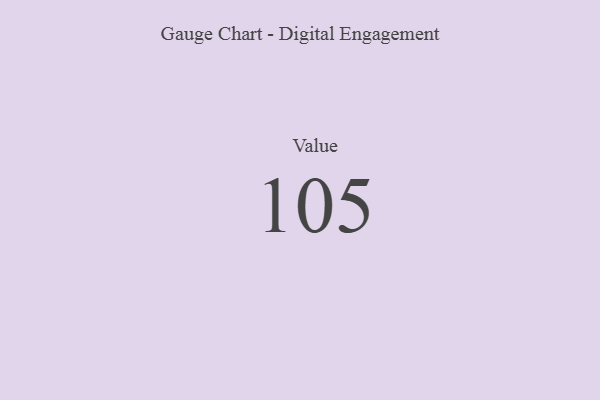
{"axis": {"x": "Metric", "y": "Value"}, "legend": [""], "data": [{"x": "Value", "y": 105, "type": ""}]}